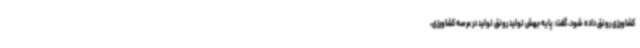
کشاورزی رونق داده شود، گفت: پایه جهش تولید رونق تولید در عرصه کشاورزی،